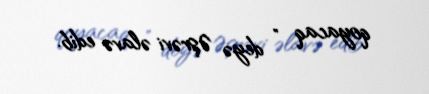
qoyacaq " deyə Əşrəvi əlavə edib.